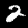
Label: 2